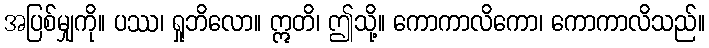
အပြစ်မျှကို။ ပဿ၊ ရှုဘိလော။ ဣတိ၊ ဤသို့။ ကောကာလိကော၊ ကောကာလိသည်။